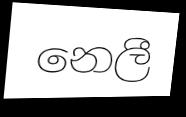
නෙලී